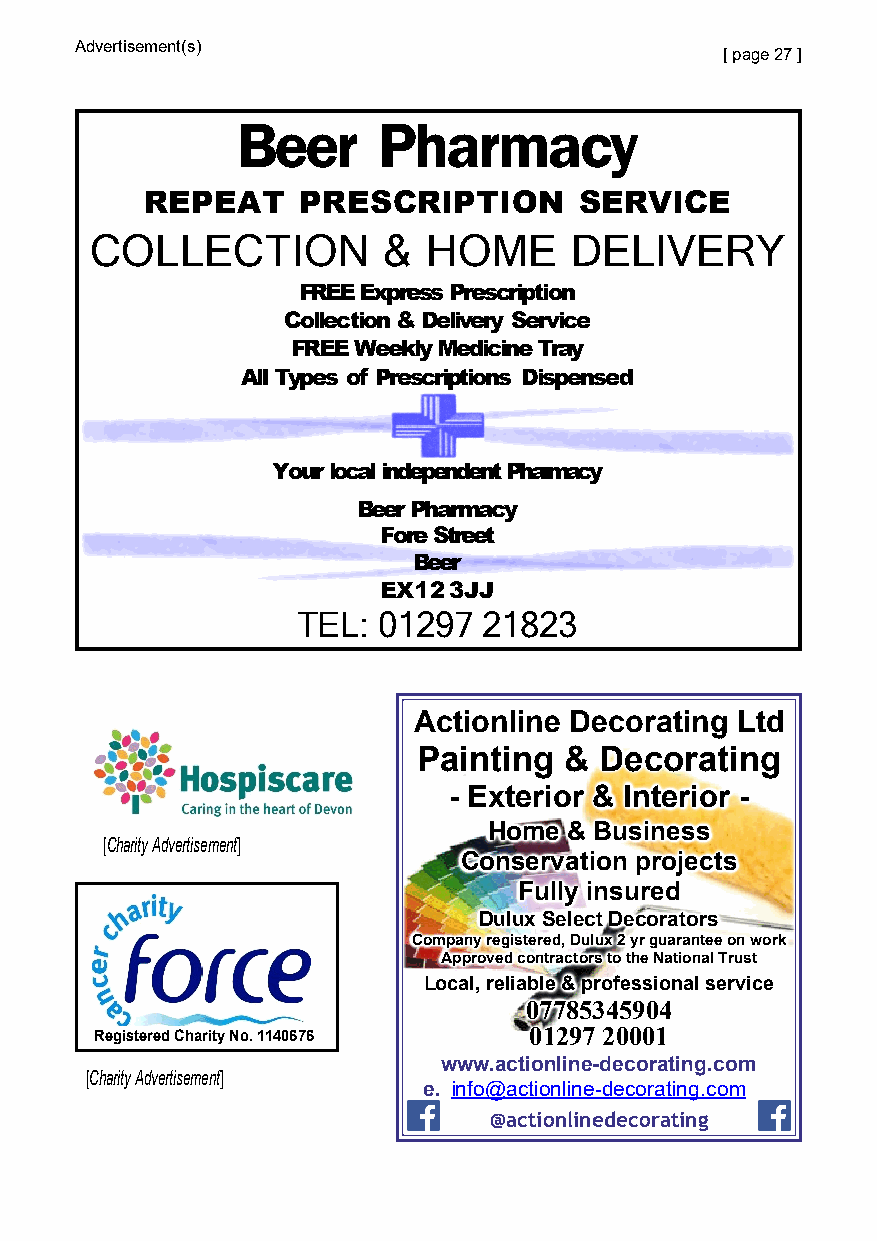
Advertisement(s)
 [ page 27 ]
 Beer     Pharmacy
 REPEAT    PRESCRIPTION      SERVICE
 COLLECTION         &  HOME      DELIVERY
 FREE Express Prescription
 Collection & Delivery Service
 FREE Weekly Medicine Tray
 AlI Types of Prescriptions Dispensed
 Your local independent Pharmacy
 Beer Pharmacy
 Fore Street
 Beer
 EX12 3JJ
 TEL: 01297  21823
 Actionline Decorating Ltd
 Painting &  Decorating
 - Exterior & Interior -
 Home  & Business
 [Charity Advertisement]
 Conservation projects
 Fully insured
 Dulux Select Decorators
 Company registered, Dulux 2 yr guarantee on work
 Approved contractors to the National Trust
 Local, reliable & professional service
 07785345904
 Registered Charity No. 1140676 01297 20001
 Working locally to     www.actionline-decorating.com
 [Charity Advertisement]
 e. info@actionline-decorating.com
 @actionlinedecorating